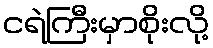
ငရဲကြီးမှာစိုးလို့